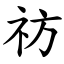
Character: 祊